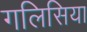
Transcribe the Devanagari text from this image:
गलिसिया